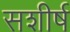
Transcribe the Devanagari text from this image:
सशीर्ष